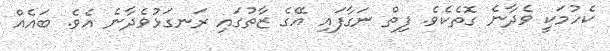
ކެހުމަކީ ވެދާނެ ގޮތެކެވެ. ފިތް ނަގާފައި އޭގެ ޒާތުގައި ރަނގަޅުވެދާނެ އެވެ. ބައެއް